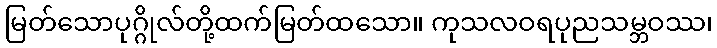
မြတ်သောပုဂ္ဂိုလ်တို့ထက်မြတ်ထသော။ ကုသလဝရပုညသမ္ဘဝဿ၊